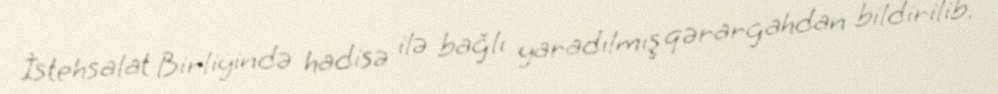
İstehsalat Birliyində hadisə ilə bağlı yaradılmış qərargahdan bildirilib.